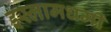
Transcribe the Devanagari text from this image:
इस्लामधर्मी